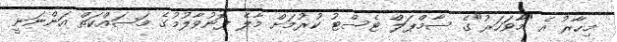
މިހާރު އެ "މާވަހަރު"ގެ ސާމްޕަލް ޓެސްޓު ކުރުމަށް މާލެ ފޮނުވާލުމުގެ މަސައްކަތް އަންނަނީ